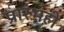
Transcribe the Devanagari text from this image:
प्रारंभही